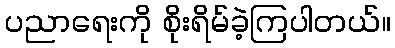
ပညာရေးကို စိုးရိမ်ခဲ့ကြပါတယ်။